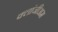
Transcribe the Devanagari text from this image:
क्लांजीअम